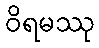
ဝိရမဿု